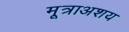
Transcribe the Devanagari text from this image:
मूत्राअशय